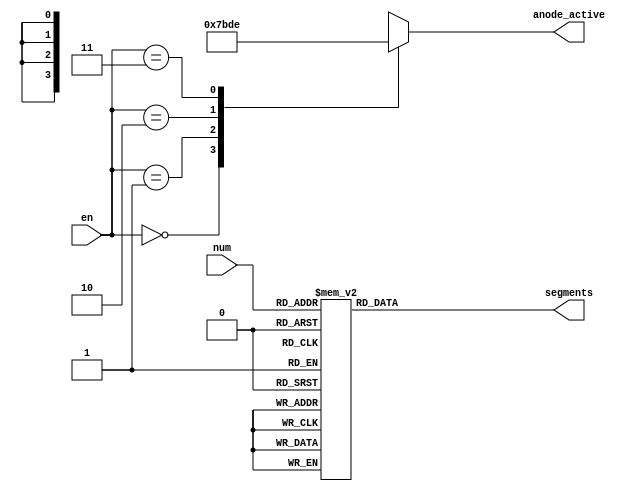
`timescale 1ns / 1ps
//////////////////////////////////////////////////////////////////////////////////
// Company: 
// Engineer: 
// 
// Design Name: 
// Module Name: sevenseg
// Project Name: 
// Target Devices: 
// Tool Versions: 
// Description: 
// 
// Dependencies: 
// 
// Revision:
// Revision 0.01 - File Created
// Additional Comments:
// 
//////////////////////////////////////////////////////////////////////////////////


module sevenseg(input [1:0]en, input [3:0] num, output reg [6:0] segments, output reg[3:0] anode_active); 

always @ * begin case(en) 
0: anode_active = 4'b0111; 
1: anode_active = 4'b1011; 
2: anode_active = 4'b1101; 
3: anode_active = 4'b1110; 

endcase case(num) 
0: segments = 7'b0000001; 
1: segments = 7'b1001111; 
2: segments = 7'b0010010; 
3: segments = 7'b0000110; 
4: segments = 7'b1001100; 
5: segments = 7'b0100100; 
6: segments = 7'b0100000; 
7: segments = 7'b0001111;
8: segments = 7'b0000000; 
9: segments = 7'b0000100;
 
default: segments = 1;

endcase 
end endmodule